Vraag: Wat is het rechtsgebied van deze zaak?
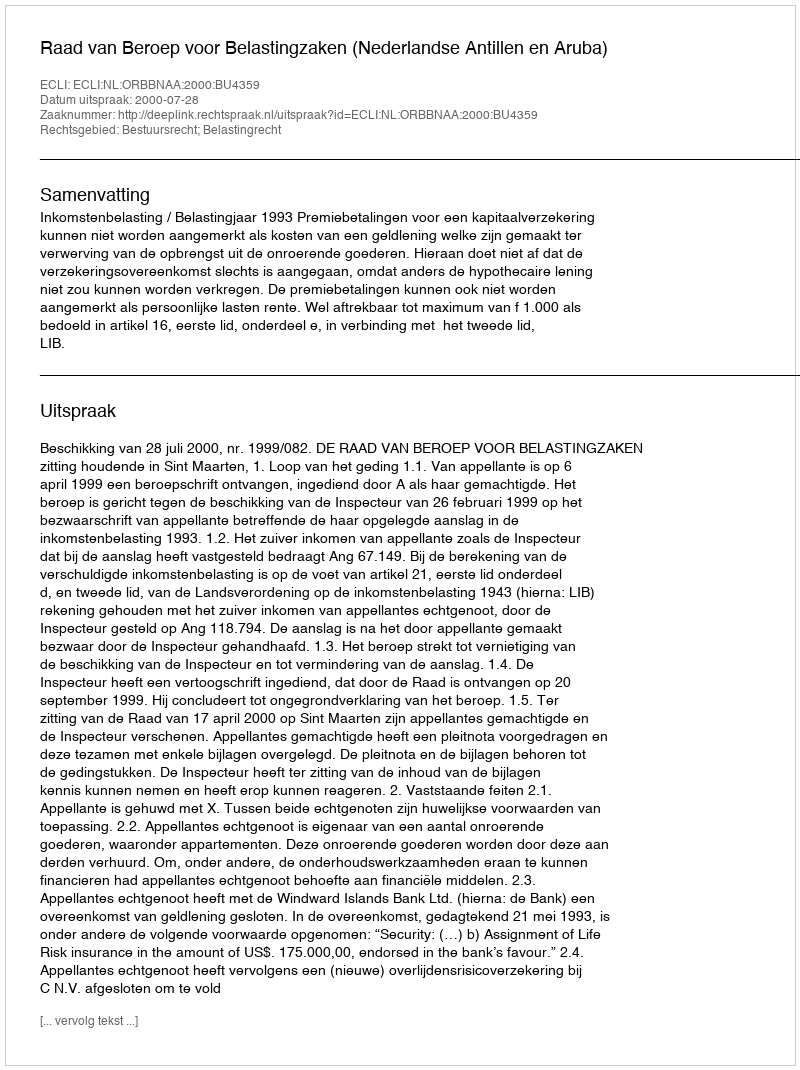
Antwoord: Bestuursrecht; Belastingrecht